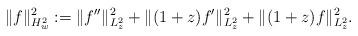
LaTeX: \begin{align*} \Vert f\Vert_{H_w^2}^2:=\Vert f''\Vert_{L^2_z}^2+\Vert (1+z) f'\Vert_{L^2_z}^2+\Vert (1+z) f\Vert_{L^2_z}^2.\end{align*}